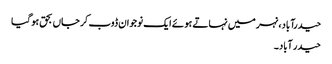
حیدرآباد، نہر میں نہاتے ہو ئے ایک نوجوان ڈوب کر جاں بحق ہو گیا
حیدر آباد۔